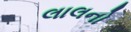
લાલનો